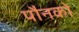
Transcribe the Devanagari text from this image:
पौनको